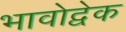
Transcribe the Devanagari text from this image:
भावोद्वेक